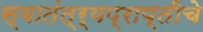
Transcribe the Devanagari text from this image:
स्वातंत्र्यप्राप्तीचे